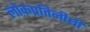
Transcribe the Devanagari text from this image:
लोकप्रतिनीधी